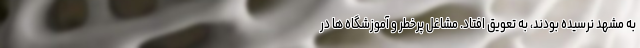
به مشهد نرسیده بودند، به تعویق افتاد. مشاغل پرخطر و آموزشگاه ها در